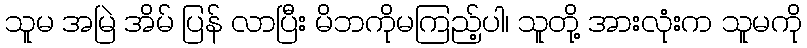
သူမ အမြဲ အိမ် ပြန် လာပြီး မိဘကိုမကြည့်ပါ၊ သူတို့ အားလုံးက သူမကို